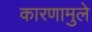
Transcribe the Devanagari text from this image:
कारणामुले